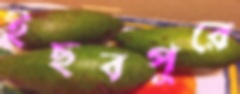
ইছবপুরে